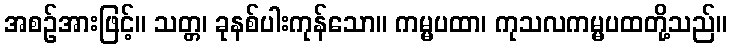
အစဉ်အားဖြင့်။ သတ္တ၊ ခုနစ်ပါးကုန်သော။ ကမ္မပထာ၊ ကုသလကမ္မပထတို့သည်။